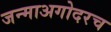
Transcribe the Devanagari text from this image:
जन्माअगोदरच